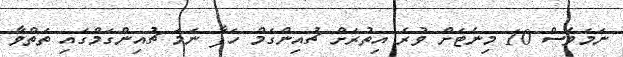
ނަމަވެސް 10 މިނެޓަށް ވުރެ އިތުރަށް ޗުއިންގަމް ހަފާ ނަމަ ޗުއިންގަމްގައި ތަތްވާ